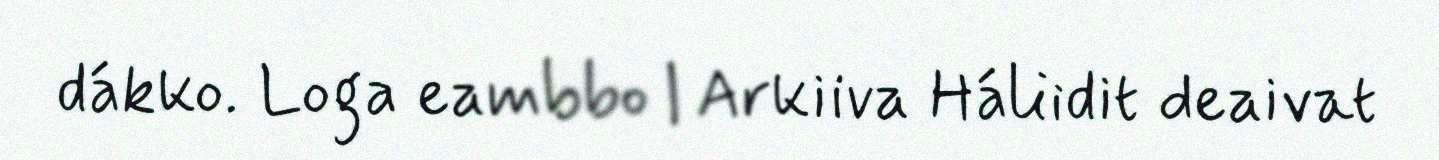
dákko. Loga eambbo | Arkiiva Háliidit deaivat